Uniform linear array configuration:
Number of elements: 16
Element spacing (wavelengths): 0.5
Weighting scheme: hamming
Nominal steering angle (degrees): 30
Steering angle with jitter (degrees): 28.311
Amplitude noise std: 0.05
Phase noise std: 0.05

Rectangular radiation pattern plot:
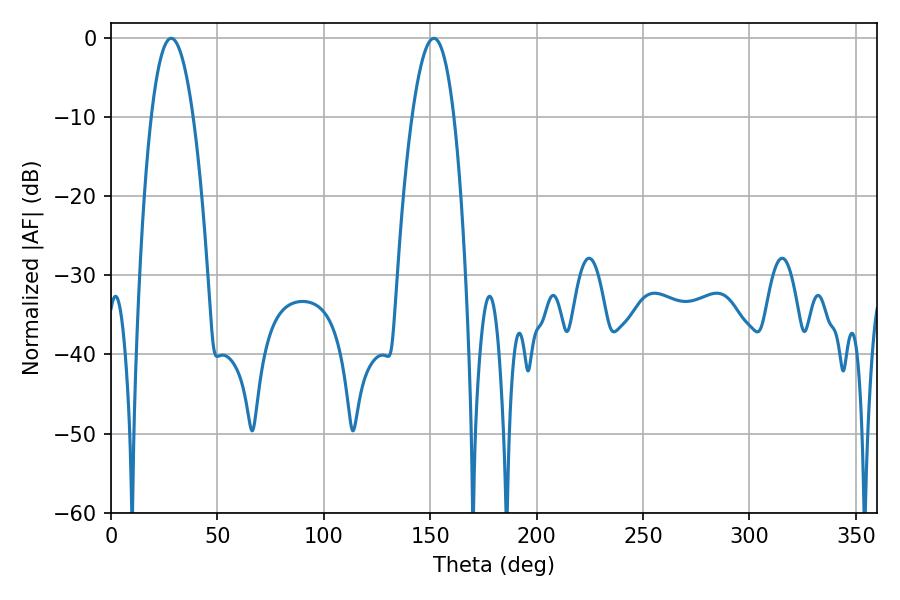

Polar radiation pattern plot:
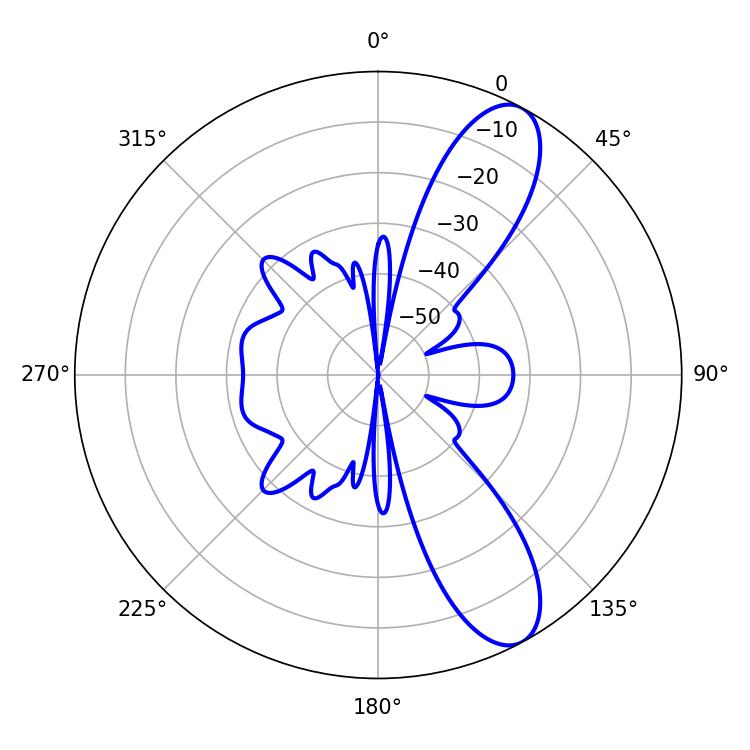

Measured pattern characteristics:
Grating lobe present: FALSE
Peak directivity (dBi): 10.153
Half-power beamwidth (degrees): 10.8
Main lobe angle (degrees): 28.26